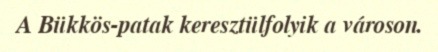
A Bükkös-patak keresztülfolyik a városon.